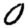
Digit: 0